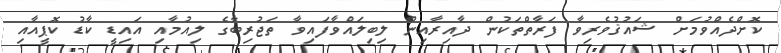
ކޮށްދެއްވުމަށް ޝައުޤުވެރިވާ ފަރާތްތަކުން ދާއިރާއިން ލިބިލައްވާފައިވާ ތަޖުރިބާގެ ލިއުމާއި އައިޑީ ކާޑު ކޮޕީއާއި